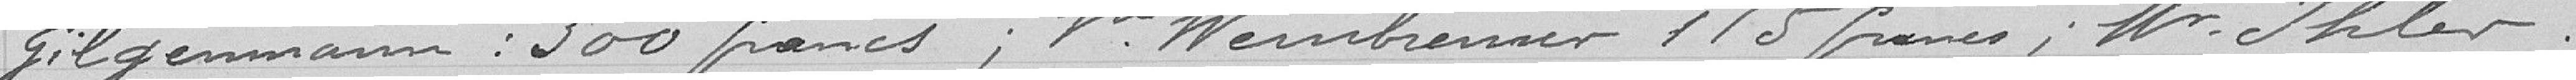
Gilgenmann: 300 francs; Vve Weinbrenner 115 francs; Mr Ihler